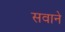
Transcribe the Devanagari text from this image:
सवाने